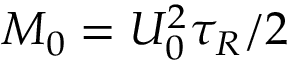
M _ { 0 } = U _ { 0 } ^ { 2 } \tau _ { R } / 2